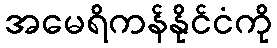
အမေရိကန်နိုင်ငံကို